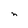
Character: n